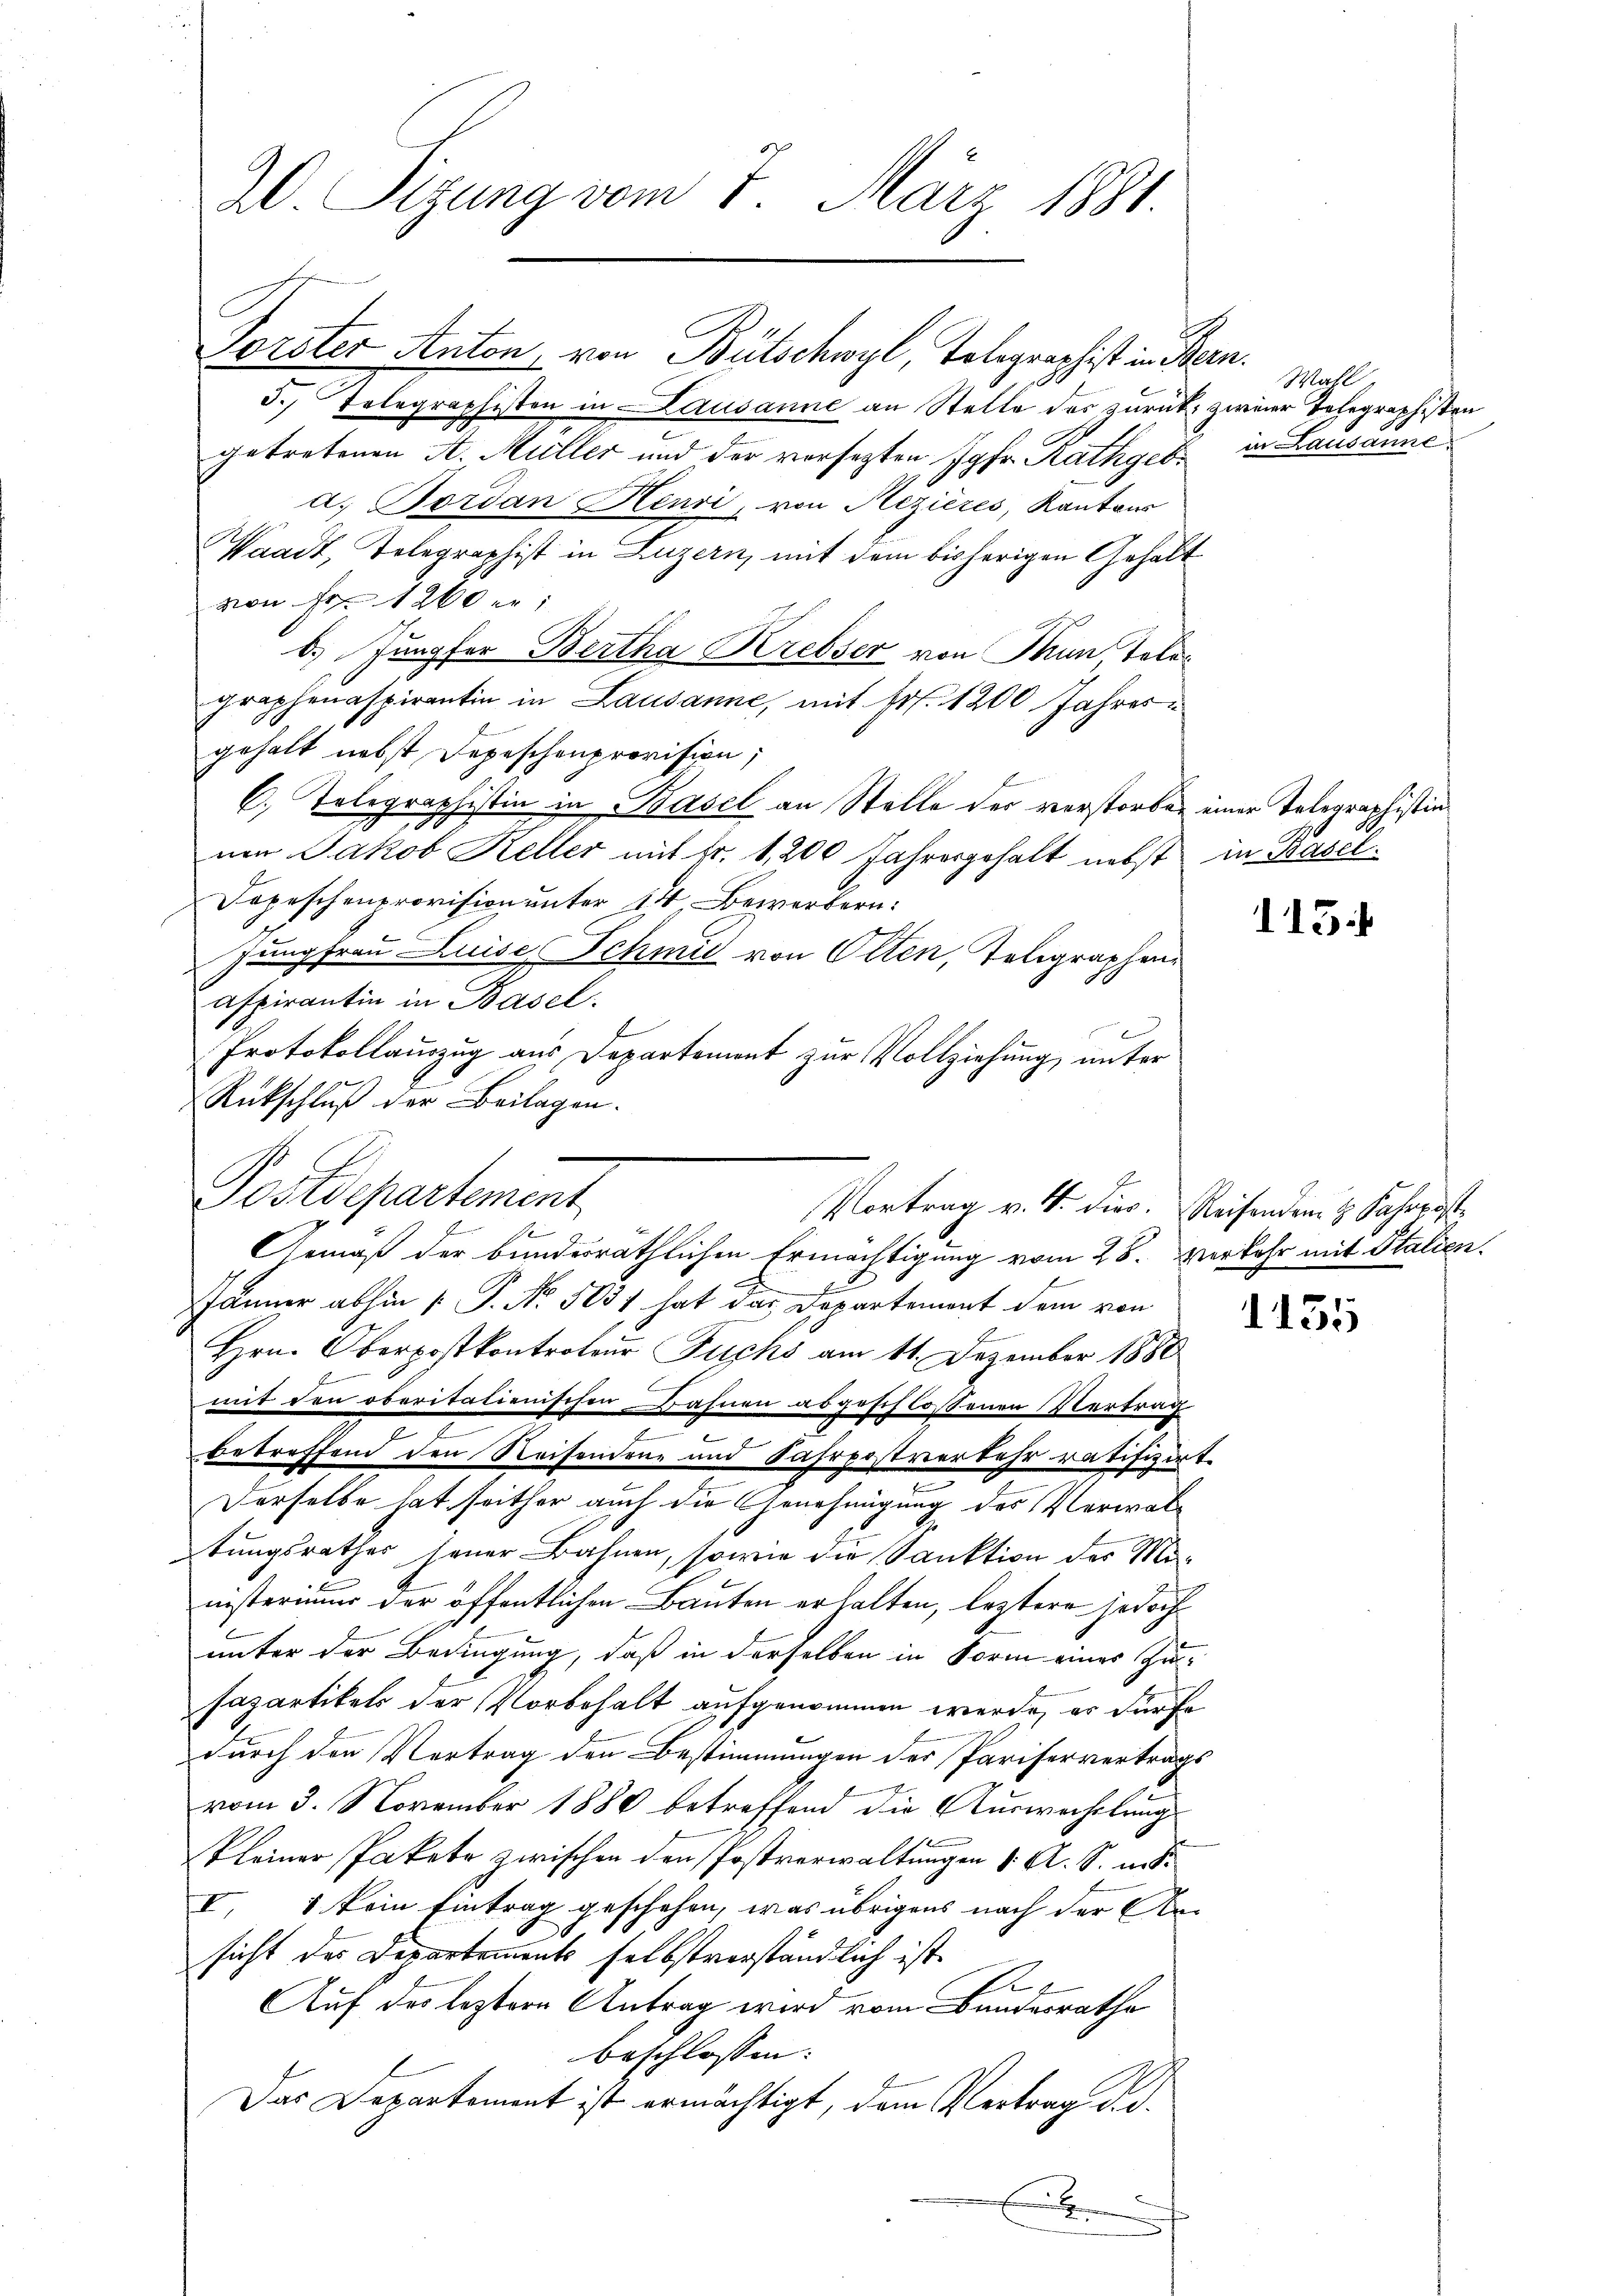
2 Sizung vom 7. März 1881.

5., Telegraphisten in Lausanne an Stelle des zurück zweier Telegraphisten
getretenen A. Müller und der vorsezten Jgfr. Rathgeba. Bordan Henri, von Rezières, Kantons
Waadt, Telegraphist in Luzern, mit dem bisherigen Gehalt
von Fr. 1260 er
b. Jungfer Bertha Krebser von Thun Telegraphenaspirantin in Lausanne, mit Fr. 1200 Jahresgehalt nebst Depeschenprovision;
C. Tolographistin in Basel an Stelle des verstorben einer Telegraphistin
nen Jakob Keller mit Fr. 1, 200 Jahresgehalt nebst in Basel¬
Dopeschenprovision unter 14, Bewerbern:
Jungfrau Luise, Schmid von Olten, Telegraphenaspirantin in Basel.
Protokollauszug aus Departement zur Vollziehung unter
Rückschluß der Beilagen.
Gemäß der bunderräthlichen Ermächtigung vom 25. Verkehr mit Italien¬
Jänner abhin (: P. Nr. 5031 hat das Departement dem von
Hrn. Oberpostkontrateur Fuchs am 11. Dezember 1880
mit den oberitalienischen Bahnen abgeschlossenen Vertrag
betreffend den Reisendene und Fahrpostverkehr ratifizirt.
Derselbe hat seither auch die Genehmigung des Verwaltungsrathes jener Bahnen, sowie die Sanktion des Ministerimer der öffentlichen Bauten erhalten, leztere jedoch
unter der Bedingung, daß in derselben in Form eines Zu¬
Fapartikels der Vorbehalt aufgenommen werde, er dürfe
durch den Vertrag den Bestimmungen der Pariservertrags
vom 3. November 1880 betreffend die Auswechslung
kleiner Pakete zwischen den Postverwaltungen 1. A. S. mit
I. 8 kein Eintrag geschehen, was übrigens nach der Ansicht des Departements selbstverständlich ist.
e
Auf des leztere Antrag wird vom Bundesrathe
beschlossen:
Das Departement ist ermächtigt, dem Vertrag d.d.

Torster Anton, von Bütschwyl, Tolegraphist in Bern.

E
Postdepartement
Vortrag v. 4. dies. Reisendem 8. Fahrpost
o

Wall
in Lausanne.

15

1135